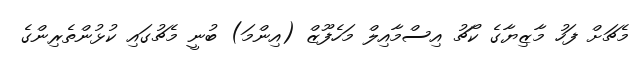
މެޗަށް ފަހު މާޒިޔާގެ ކޯޗު އިސްމާއިލް މަހެފޫޒް (އިންމަ) ބުނީ މެޗުގައި ކުޅުންތެރިންގެ